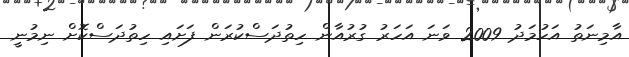
އާމިނަތު އަހުމަދު 2009 ވަނަ އަހަރު ގުރުއާން ހިތުދަސްކުރަން ފަށައި ހިތުދަސްކޮށް ނިމުނީ